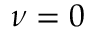
\nu = 0